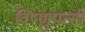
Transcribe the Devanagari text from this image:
विष्णुपत्नी